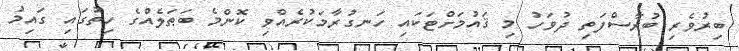
ބިރުވެރި ބުރާސްފަތި ދުވަހު މި ޤައުމަށްޓަކައި ހަނގުރާމަކުރެއްވި ކޮންމެ ބަޠަލެއްގެ ހިތުގައި ގައިމު